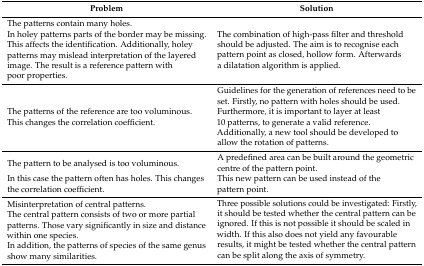
| Problem | Solution |
 | --- | --- |
 | The patterns contain many holes. | <ROWSPAN=2> The combination of high-pass filter and threshold should be adjusted. The aim is to recognise each pattern point as closed, hollow form. Afterwards a dilatation algorithm is applied. |
 | In holey patterns parts of the border may be missing. This affects the identification. Additionally, holey patterns may mislead interpretation of the layered image. The result is a reference pattern with poor properties. |
 | The patterns of the reference are too voluminous. This changes the correlation coefficient. | Guidelines for the generation of references need to be set. Firstly, no pattern with holes should be used. Furthermore, it is important to layer at least 10 patterns, to generate a valid reference. Additionally, a new tool should be developed to allow the rotation of patterns. |
 | The pattern to be analysed is too voluminous. | A predefined area can be built around the geometric centre of the pattern point. |
 | In this case the pattern often has holes. This changes the correlation coefficient. | This new pattern can be used instead of the pattern point. |
 | Misinterpretation of central patterns. | <ROWSPAN=3> Three possible solutions could be investigated: Firstly, it should be tested whether the central pattern can be ignored. If this is not possible it should be scaled in width. If this also does not yield any favourable results, it might be tested whether the central pattern can be split along the axis of symmetry. |
 | The central pattern consists of two or more partial patterns. Those vary significantly in size and distance within one species. |
 | In addition, the patterns of species of the same genus show many similarities. |